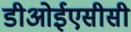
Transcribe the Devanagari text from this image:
डीओईएसीसी